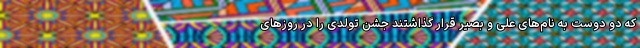
که دو دوست به نام‌های علی و بصیر قرار گذاشتند جشن تولدی را در روز‌های